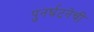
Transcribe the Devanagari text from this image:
पुनर्घटनेची